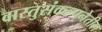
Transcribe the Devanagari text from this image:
वास्तुसंकल्पनेतील